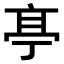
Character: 𠅘